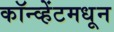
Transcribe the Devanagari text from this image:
कॉन्व्हेंटमधून